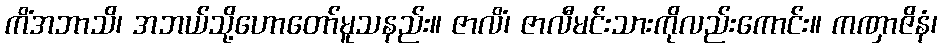
ကိံအဘာသိ၊ အဘယ်သို့ဟောတော်မူသနည်း။ ဇာလိံ၊ ဇာလီမင်းသားကိုလည်းကောင်း။ ကဏှာဇိနံ၊